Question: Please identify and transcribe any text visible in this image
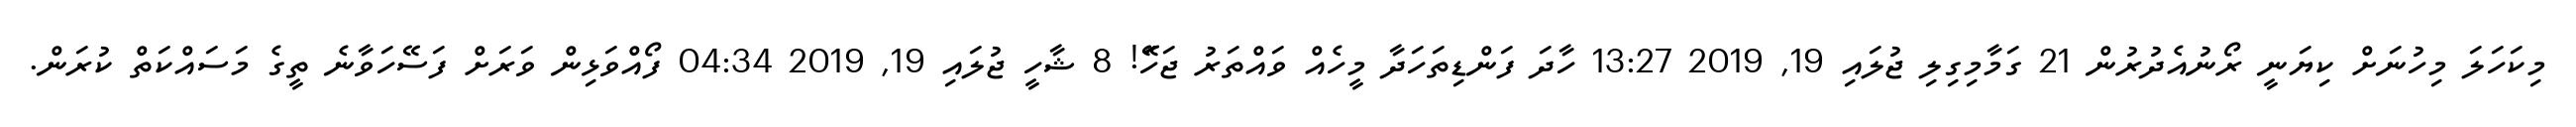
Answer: މިކަހަލަ މިހުނަށް ކިޔަނީ ރޯނުއެދުރުން 21 ގަމާމިގިލި ޖުލައި 19, 2019 13:27 ހާދަ ފަންޑިތަހަދާ މީހެއް ވައްތަރު ޖަހަަޭ! 8 ޝާހީ ޖުލައި 19, 2019 04:34 ފޯއްވަޅިން ވަރަށް ފަސޭހަވާނެ ތީގެ މަސައްކަތް ކުރަން.